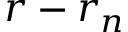
\boldsymbol { r } - \boldsymbol { r } _ { \! \; \! n }